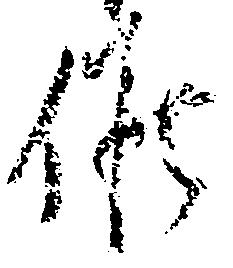
候